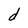
Character: d